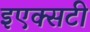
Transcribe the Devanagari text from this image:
इएक्सटी